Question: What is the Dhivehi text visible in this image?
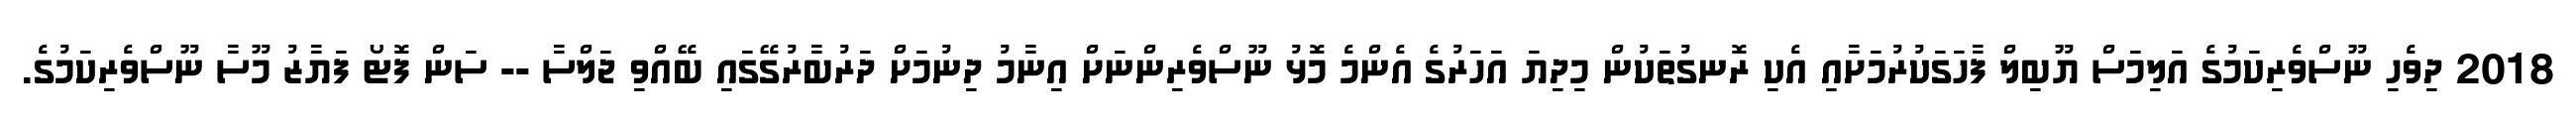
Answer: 2018 ދިވެހި ނޫސްވެރިކަމުގެ އަލިމަސް ޔޫބިލް ފާހަގަކުރުމަށާއި އެކި ރޮނގުތަކުން މިދިޔަ އަހަރުގެ އެންމެ މޮޅު ނޫސްވެރިންނަށް އިނާމު ދިނުމަށް ދަރުބާރުގޭގައި ބޭއްވި ޖަލްސާ -- ސަން ފޮޓޯ ފަޔާޒު މޫސާ ނޫސްވެރިކަމުގެ.